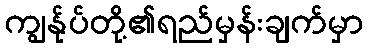
ကျွန်ုပ်တို့၏ရည်မှန်းချက်မှာ